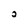
Character: O